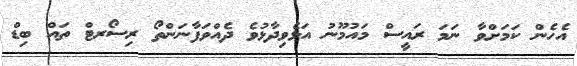
އެހެން ކަމަށްވާ ނަމަ ރައީސް މައުމޫނު އަޅެވިދާޅުވެ ދެއްވަފާނަންތޯ ރިސޯރޓް ތައް ބިޑް